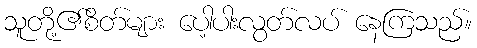
သူတို့၏စိတ်များ ပေါ့ပါးလွတ်လပ် နေကြသည်။